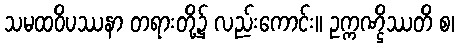
သမထဝိပဿနာ တရားတို့၌ လည်းကောင်း။ ဥက္ကဏ္ဌိဿတိ စ၊